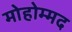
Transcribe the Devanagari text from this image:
मोहोम्मद